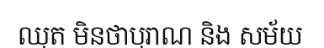
ឈុត មិនថាបុរាណ និង សម័យ